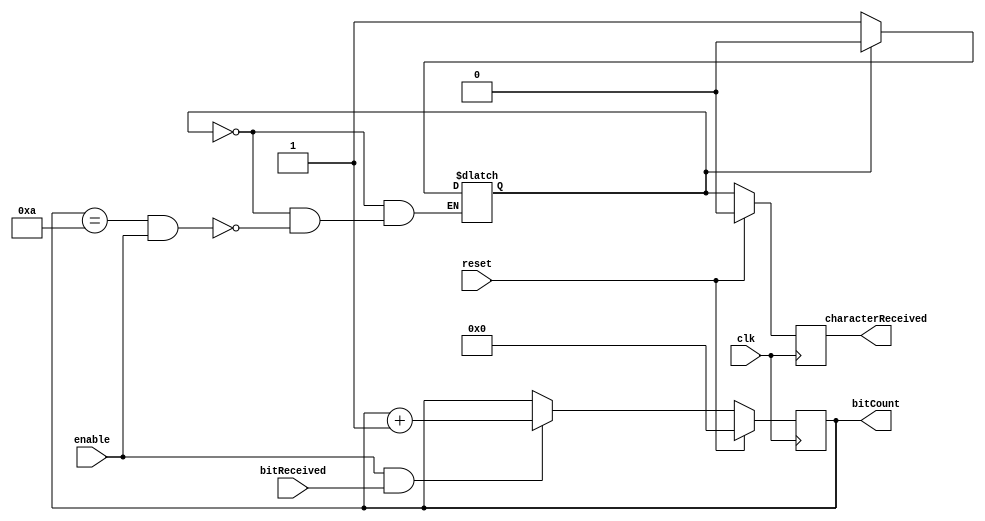
module bitIdentifierCountReceive(characterReceived, enable, bitReceived, bitCount, clk, reset);
  output reg characterReceived;
  input wire enable, bitReceived, clk, reset;
  output reg [3:0] bitCount;
  reg characterReceivedState;
  always@(posedge clk) begin
    if(reset) begin
      characterReceived <= 1'b0;
      bitCount <= 4'b000;
    end else begin
      characterReceived <= characterReceivedState;
      if(enable && bitReceived) begin
        bitCount <= bitCount + 1'b1;
      end
    end
  end
  always@(*) begin
    case(characterReceivedState)
      1'b1: begin
        characterReceivedState = 1'b0;
      end
      1'b0: begin
        if(bitCount == 4'b1010 && enable) begin
          characterReceivedState = 1'b1;
        end
      end
      default: begin
        characterReceivedState = 1'b0;
      end
    endcase
  end
endmodule